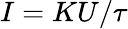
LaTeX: I=KU/\tau